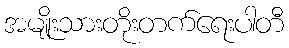
အမျိုးသားတိုးတက်ရေးပါတီ